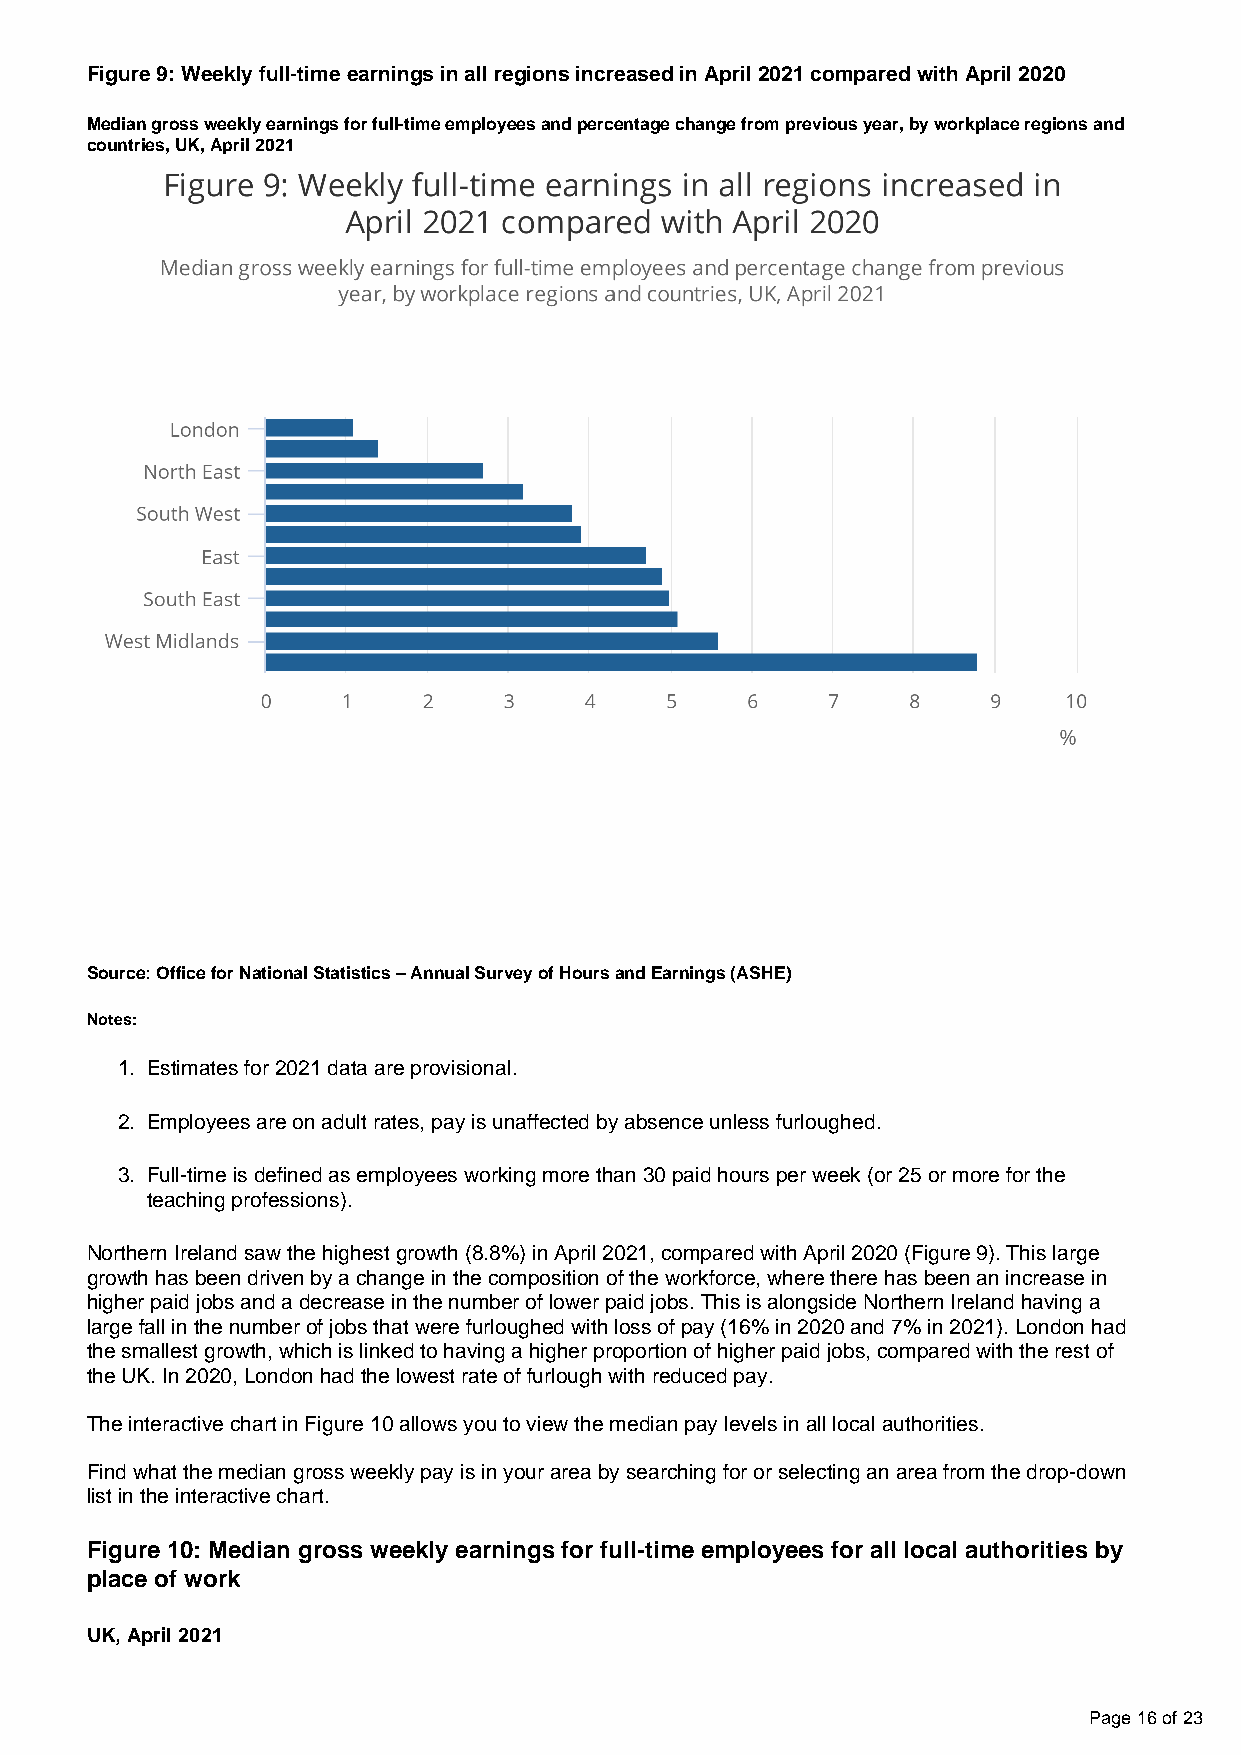
Figure 9: Weekly full-time earnings in all regions increased in April 2021 compared with April 2020
 Median gross weekly earnings for full-time employees and percentage change from previous year, by workplace regions and
 countries, UK, April 2021
 Source: Office for National Statistics – Annual Survey of Hours and Earnings (ASHE)
 Notes:
 1. Estimates for 2021 data are provisional.
 2. Employees are on adult rates, pay is unaffected by absence unless furloughed.
 3. Full-time is defined as employees working more than 30 paid hours per week (or 25 or more for the
 teaching professions).
 Northern Ireland saw the highest growth (8.8%) in April 2021, compared with April 2020 (Figure 9). This large
 growth has been driven by a change in the composition of the workforce, where there has been an increase in
 higher paid jobs and a decrease in the number of lower paid jobs. This is alongside Northern Ireland having a
 large fall in the number of jobs that were furloughed with loss of pay (16% in 2020 and 7% in 2021). London had
 the smallest growth, which is linked to having a higher proportion of higher paid jobs, compared with the rest of
 the UK. In 2020, London had the lowest rate of furlough with reduced pay.
 The interactive chart in Figure 10 allows you to view the median pay levels in all local authorities.
 Find what the median gross weekly pay is in your area by searching for or selecting an area from the drop-down
 list in the interactive chart.
 Figure 10: Median gross weekly earnings for full-time employees for all local authorities by
 place of work
 UK, April 2021
 Page 16 of 23